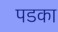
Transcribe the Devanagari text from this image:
पडका